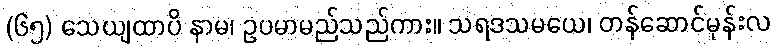
(၆၅) သေယျထာပိ နာမ၊ ဥပမာမည်သည်ကား။ သရဒသမယေ၊ တန်ဆောင်မုန်းလ